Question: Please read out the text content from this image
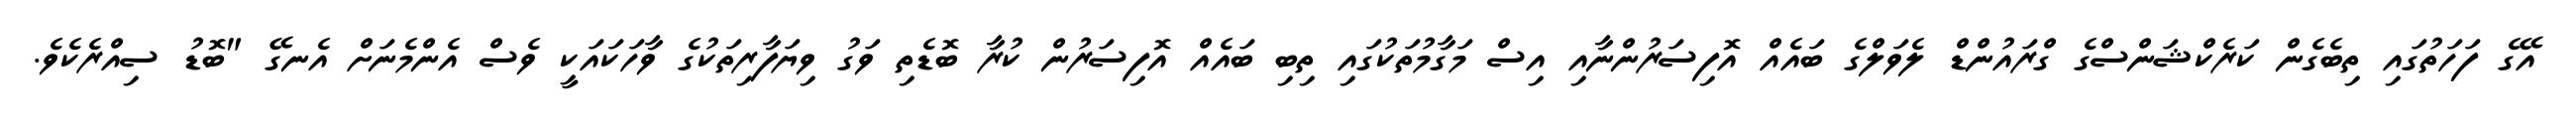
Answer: އޭގެ ފަހަތުގައި ތިބެގެން ކަރެކްޝަންސްގެ ގްރައުންޑް ލެވަލްގެ ބައެއް އޮފިސަރުންނާއި އިސް މަގާމުތަކުގައި ތިބި ބައެއް އޮފިސަރުން ކުރާ ބޮޑެތި ވަގު ވިޔަފާރިތަކުގެ ވާހަކައަކީ ވެސް އެންމެނަށް އެނގޭ "ބޮޑު ސިއްރެކެވެ.